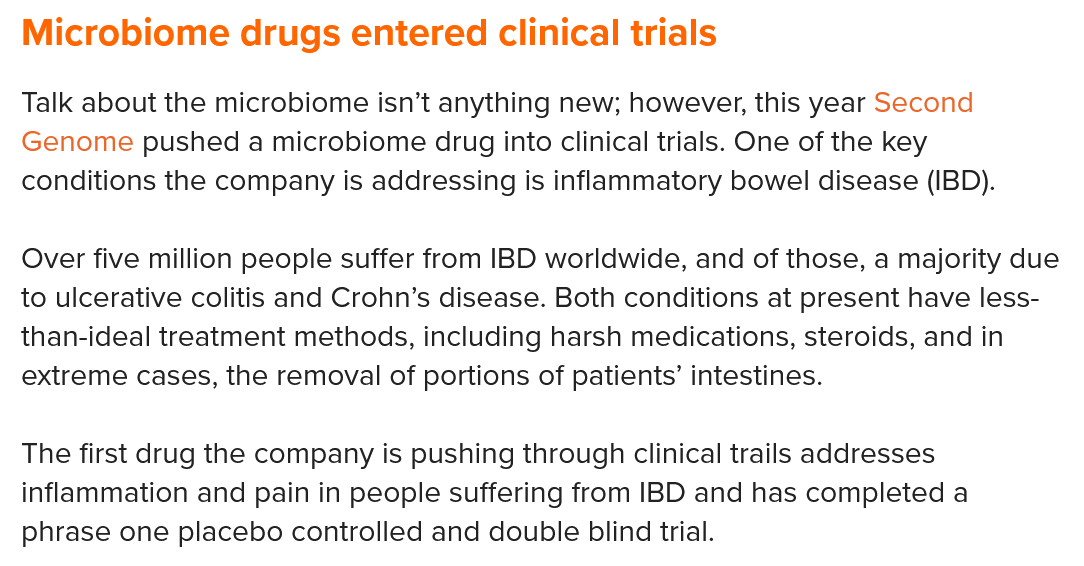
Microbiome   drugs  entered    Clinical trials
  Talk about the microbiome isn’t anything new; however, this year Second
  Genome  pushed a microbiome drug into clinical trials. One of the key
  conditions the company is addressing is inflammatory bowel disease (IBD).
  Over five million people suffer from IBD worldwide, and of those, a majority due
  to ulcerative colitis and Crohn’s disease. Both conditions at present have less-
  than-ideal treatment methods, including harsh medications, steroids, and in
  extreme cases, the removal of portions of patients’ intestines.
  The first drug the company is pushing through clinical trails addresses
  inflammation and pain in people suffering from IBD and has completed a
  phrase one placebo controlled and double blind trial.